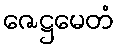
ဇေဋ္ဌမေတံ